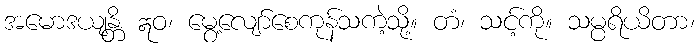
အမောဒယျန္တိ ဣဝ၊ မွေ့လျော်စေကုန်သကဲ့သို့။ တံ၊ သင့်ကို။ သမ္ပရိယိတာ၊